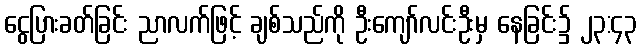
ငွေပြားခတ်ခြင်း ညာလက်ဖြင့် ချစ်သည်ကို ဦးကျော်လင်းဦးမှ နေခြင်း၌ ၂၃:၄၃